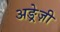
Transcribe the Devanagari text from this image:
अङ्रेज़ी